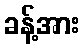
ခန့်အား